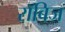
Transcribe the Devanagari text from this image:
रॉबिज